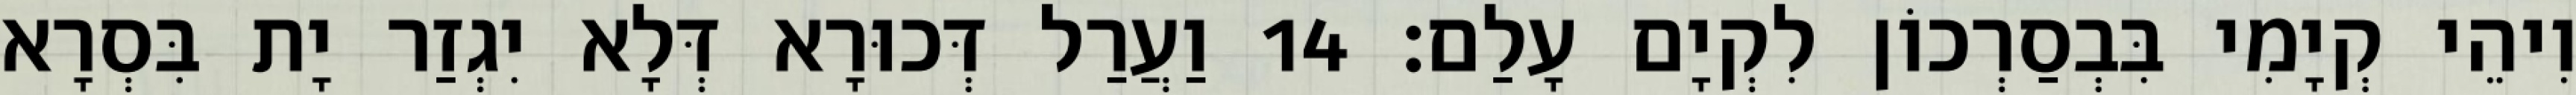
וִיהֵי קְיָמִי בִּבְסַרְכוֹן לִקְיָם עָלַם׃ 14 וַעֲרַל דְּכוּרָא דְּלָא יִגְזַר יָת בִּסְרָא